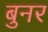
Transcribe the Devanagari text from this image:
बुनर